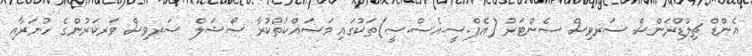
އެންޑް ޗިލްޑްރަންސް ސަރވިސް ސެންޓަރު (އެފް.ސީ.އެސް.ސީ)ތަކުގައި މަސައްކަތްކުރާ ސޯޝަލް ސަރވިސް ވަރކަރުންގެ ހުނަރާއި